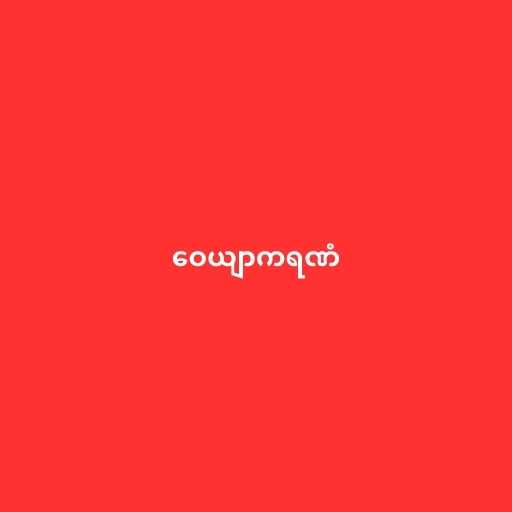
ဝေယျာကရဏံ